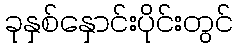
ခုနှစ်နှောင်းပိုင်းတွင်